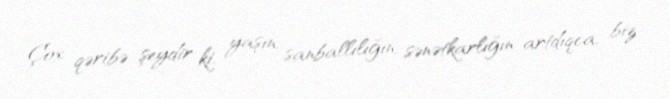
Çox qəribə şeydir ki, yaşın, sanballılığın, sənətkarlığın artdıqca, biz